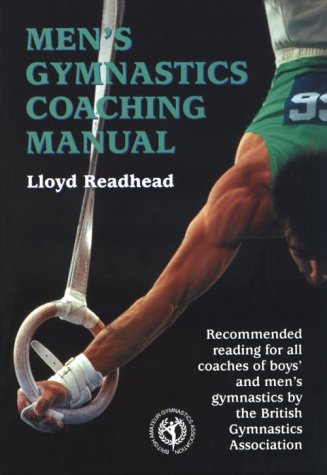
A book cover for Men's Gymnastics Coaching Manual; Lloyd Readhead; Sports & Outdoors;